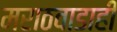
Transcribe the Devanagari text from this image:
मराठवाडाही